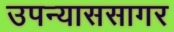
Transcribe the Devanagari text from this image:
उपन्याससागर